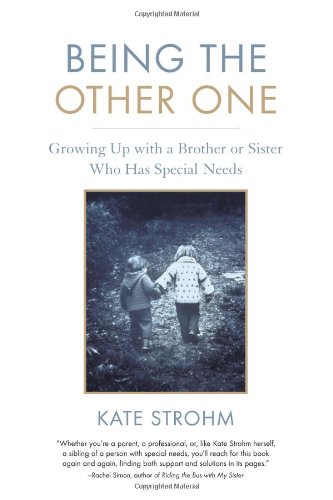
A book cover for Being the Other One: Growing Up with a Brother or Sister Who Has Special Needs; Kate Strohm; Parenting & Relationships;